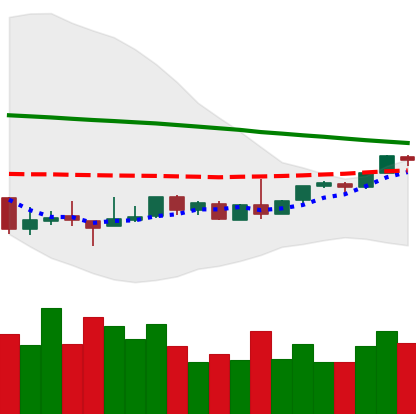
Ticker: BTC-USD
Chart end date: 2018-08-29
Forward return: 3.021%
Label: up_3_5